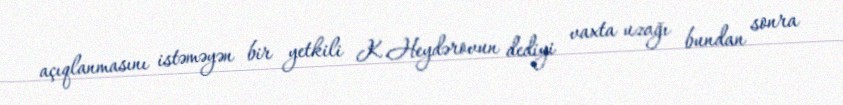
açıqlanmasını istəməyən bir yetkili K.Heydərovun dediyi vaxta uzağı bundan sonra